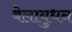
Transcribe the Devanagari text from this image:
बेलायुधन